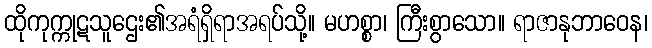
ထိုကုက္ကုဋသူဌေး၏အရံရှိရာအရပ်သို့။ မဟစ္စာ၊ ကြီးစွာသော။ ရာဇာနုဘာဝေန၊